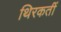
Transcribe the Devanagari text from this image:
थिरकतीं